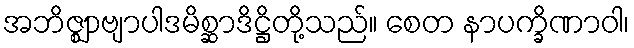
အဘိဇ္ဈာဗျာပါဒမိစ္ဆာဒိဋ္ဌိတို့သည်။ စေတ နာပက္ခိဏာဝါ၊